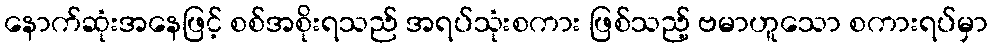
နောက်ဆုံးအနေဖြင့် စစ်အစိုးရသည် အရပ်သုံးစကား ဖြစ်သည့် ဗမာဟူသော စကားရပ်မှာ